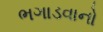
ભગાડવાનો